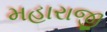
મહારાજી